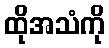
ထိုအသံကို